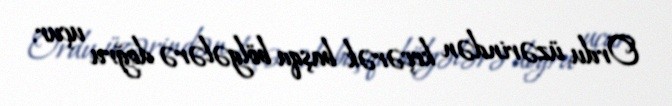
Ordu üzərindən keçərək başqa bölgələrə doğru uçur.